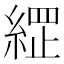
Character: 𮈣